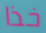
خذا